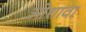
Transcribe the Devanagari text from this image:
ओशावा